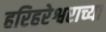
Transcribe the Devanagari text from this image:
हरिहरेश्वराच्या